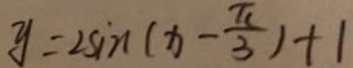
y = 2 \sin ( x - \frac { \pi } { 3 } ) + 1